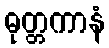
ဓုတ္တကာနံ